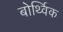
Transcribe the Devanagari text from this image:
बोर्थ्विक